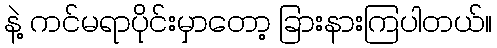
နဲ့ ကင်မရာပိုင်းမှာတော့ ခြားနားကြပါတယ်။